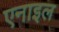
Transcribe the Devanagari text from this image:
एनाइल